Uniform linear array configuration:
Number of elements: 24
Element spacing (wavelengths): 1
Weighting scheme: exponential
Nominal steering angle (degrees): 45
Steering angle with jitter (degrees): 43.26
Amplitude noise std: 0.05
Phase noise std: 0.05

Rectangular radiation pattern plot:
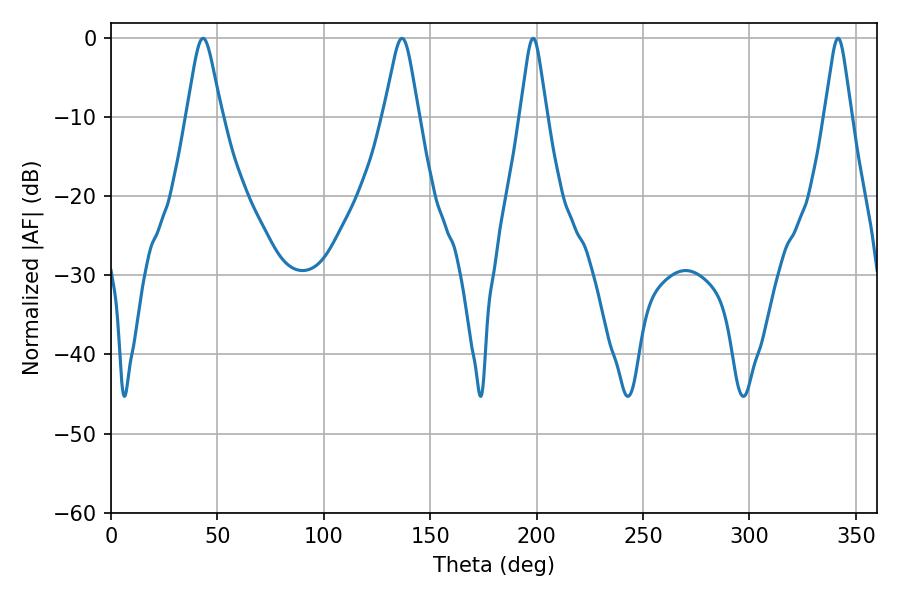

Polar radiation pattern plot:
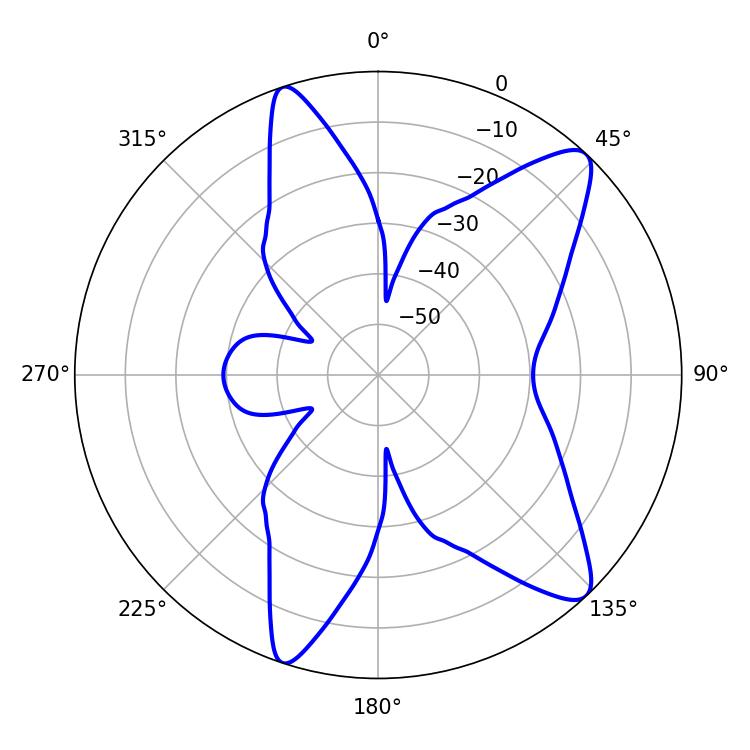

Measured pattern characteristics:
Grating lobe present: TRUE
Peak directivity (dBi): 11.173
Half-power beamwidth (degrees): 5.94
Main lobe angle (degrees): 198.36